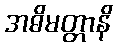
အဓိမတ္တာနိ